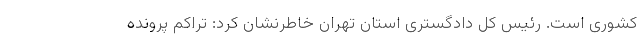
کشوری است. رئیس کل دادگستری استان تهران خاطرنشان کرد: تراکم پرونده